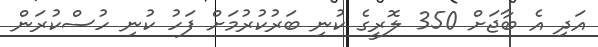
އަދި އެ ބާޖަށް 350 ލޮރީގެ ކުނި ބަރުކުރުމަށް ފަހު ކުނި ހުސްކުރަން